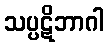
သပ္ပဋိဘာဂါ